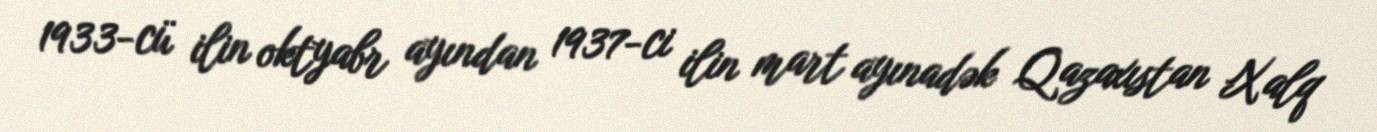
1933-cü ilin oktyabr ayından 1937-ci ilin mart ayınadək Qazaxıstan Xalq